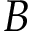
B